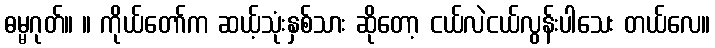
ဓမ္မဂုတ်။ ။ ကိုယ်တော်က ဆယ့်သုံးနှစ်သား ဆိုတော့ ငယ်လဲငယ်လွန်းပါသေး တယ်လေ။